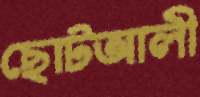
ছোটআলী